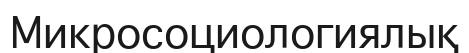
Микросоциологиялық